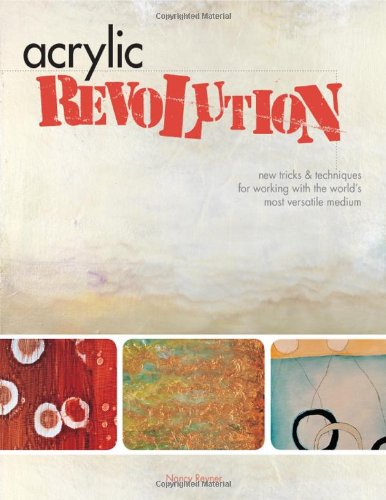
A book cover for Acrylic Revolution: New Tricks and Techniques for Working with the World's Most Versatile Medium; Nancy Reyner; Arts & Photography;